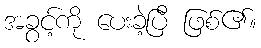
အခွင့်ကို ပေးခဲ့ပြီ ဖြစ်၏။